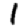
Digit: 1